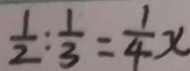
\frac { 1 } { 2 } : \frac { 1 } { 3 } = \frac { 1 } { 4 } x